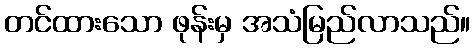
တင်ထားသော ဖုန်းမှ အသံမြည်လာသည်။